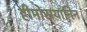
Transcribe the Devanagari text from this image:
हीमोसयानिन